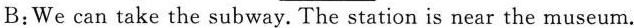
B:We can take the subway. The station is near the museum.